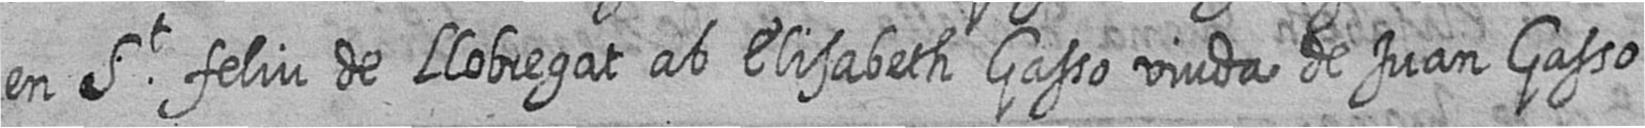
en St feliu de Llobregat ab Elisabeth Gasso viuda de Juan Gasso